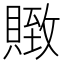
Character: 䞃